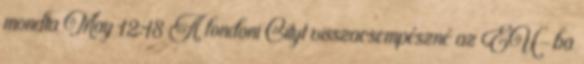
mondta May 12:18 A londoni Cityt visszacsempészné az EU-ba